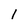
Character: I